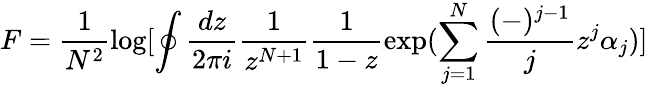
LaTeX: F=\frac{1}{N^{2}}\log[\oint\frac{dz}{2\pi i}\frac{1}{z^{N+1}}\frac{1}{1-z}\exp(\sum_{j=1}^{N}\frac{(-)^{j-1}}{j}z^{j}\alpha_{j})]